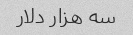
سه هزار دلار